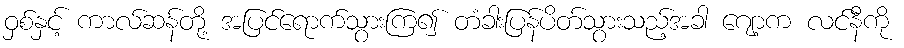
ဝှစ်နှင့် ကာလ်ဆန်တို့ အပြင်ရောက်သွားကြ၍ တံခါးပြန်ပိတ်သွားသည့်အခါ ဂျော့က လင်နီကို